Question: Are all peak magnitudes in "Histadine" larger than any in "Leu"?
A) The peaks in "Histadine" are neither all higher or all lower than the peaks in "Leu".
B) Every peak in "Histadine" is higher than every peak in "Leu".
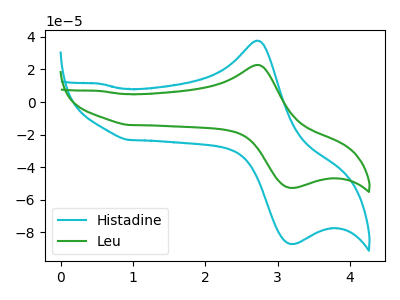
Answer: <think>The cyan curve "Histadine" has an anodic peak at (2.70V, 37.65uA) and a cathodic peak at (3.15V, -87.05uA). The green curve "Leu" has an anodic peak at (2.70V, 22.75uA) and a cathodic peak at (3.15V, -52.65uA).</think>
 <answer>B) Every peak in "Histadine" is higher than every peak in "Leu".</answer>
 <eval>B</eval>